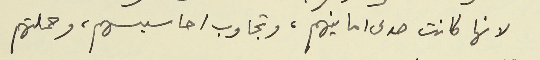
لانها كانت صدى امانيهم، وتجاوب احاسيسهم، وحملتهم